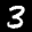
Label: 3